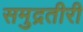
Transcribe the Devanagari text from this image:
समुद्रतीरी